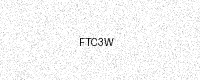
Text: FTC3W